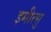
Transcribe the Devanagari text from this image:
इमीत्सु